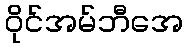
ဝိုင်အမ်ဘီအေ